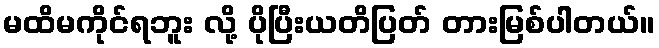
မထိမကိုင်ရဘူး လို့ ပိုပြီးယတိပြတ် တားမြစ်ပါတယ်။